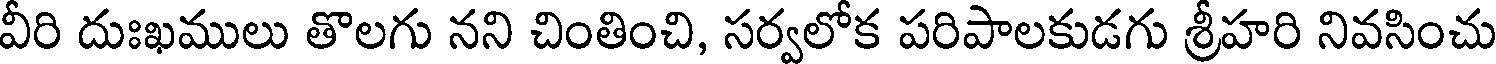
వీరి దుఃఖములు తొలగు నని చింతించి, సర్వలోక పరిపాలకుడగు శ్రీహరి నివసించు